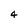
Character: 4